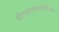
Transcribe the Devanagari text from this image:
सीतावत्सलाम्बोधिचन्द्रः।